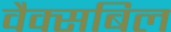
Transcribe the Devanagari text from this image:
वैक्सबिल